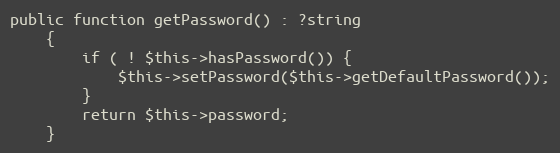
Language: PHP
public function getPassword() : ?string
    {
        if ( ! $this->hasPassword()) {
            $this->setPassword($this->getDefaultPassword());
        }
        return $this->password;
    }